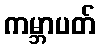
ကမ္ဘာပတ်